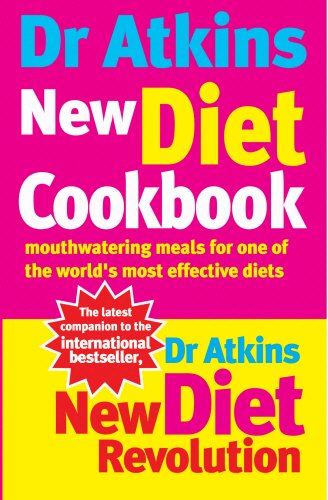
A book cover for Dr Atkins New Diet Cookbook: Mouth-Watering Meals to Accompany the Most Effective Diet Ever Devised; Robert C. Atkins; Health, Fitness & Dieting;